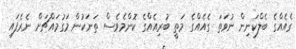
ގެއެއްގެ ބެލްކަނިން ނުވަތަ ގެއެއްގެ މަތީ ބުރިއެއްގެ ކޮންމެވެސް ތަނަކުން މަގުމައްޗަށް ނެރެފައި